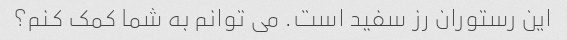
این رستوران رز سفید است. می توانم به شما کمک کنم؟